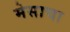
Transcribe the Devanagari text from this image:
मेसाचा